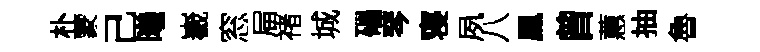
朴蒙己曦嶻窓屇禇城礧琴寝夙八鳯曾蕙抽魯